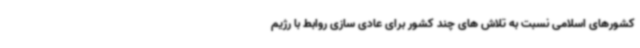
کشورهای اسلامی نسبت به تلاش های چند کشور برای عادی سازی روابط با رژیم